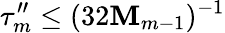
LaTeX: \tau_{m}^{\prime\prime}\leq(32\mathbf{M}_{m-1})^{-1}